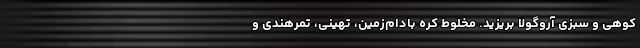
کوهی و سبزی آروگولا بریزید. مخلوط کره بادام‌زمین، تهینی، تمرهندی و